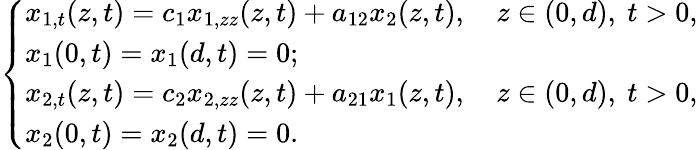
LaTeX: \left\{ \begin{array}{l}{{x_{1,t}(z,t)=c_{1}x_{1,zz}(z,t)+a_{12}x_{2}(z,t),\quad z\in(0,d),\ t>0,}}\\ {{x_{1}(0,t)=x_{1}(d,t)=0;}}\\ {{x_{2,t}(z,t)=c_{2}x_{2,zz}(z,t)+a_{21}x_{1}(z,t),\quad z\in(0,d),\ t>0,}}\\ {{x_{2}(0,t)=x_{2}(d,t)=0.}}\end{array}\right.